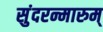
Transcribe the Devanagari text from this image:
सुंदरन्मारुम्